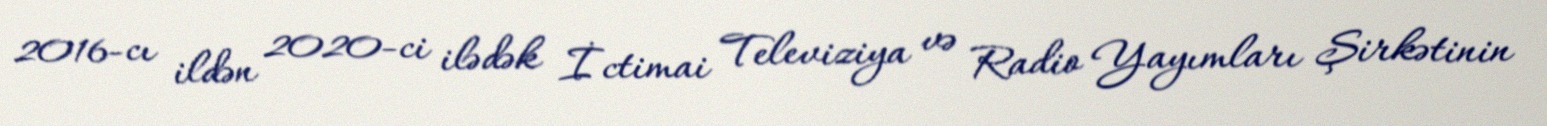
2016-cı ildən 2020-ci ilədək İctimai Televiziya və Radio Yayımları Şirkətinin